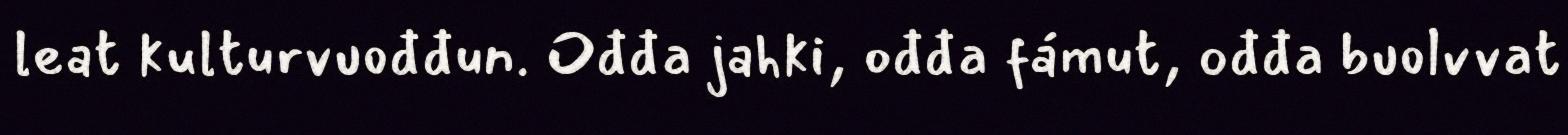
leat kulturvuođđun. Ođđa jahki, ođđa fámut, ođđa buolvvat